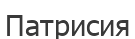
Патрисия